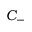
C _ { - }